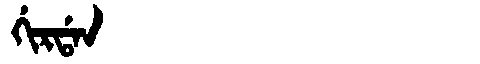
Manchu: ᡤᡳᡵᡩᠠᠨ
Romanization: GIRDAN